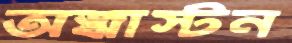
অজ্ঝাস্টন